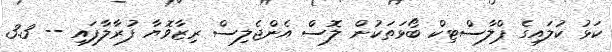
ކަޅު ކުލައިގެ ޕްލާސްޓިކް ބޯޅަތަކުން ލޮސް އެންޖެލިސް ރިޒާވޮޔާ ފުރާލާފައި -- 3.3